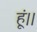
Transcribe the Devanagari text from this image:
हूं।।